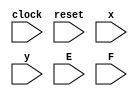
module controller_rtl_29(
	input clock, reset,
	input x, y, E, F
);
parameter S0 = 3'b000;
parameter S1 = 3'b001;
parameter S2 = 3'b010;
parameter S3 = 3'b011;
parameter S4 = 3'b100;
parameter S5 = 3'b101;
parameter S6 = 3'b110;
parameter S7 = 3'b111;

reg [2:0] state, next_state;
always @ (posedge clock, posedge reset)
	if (reset)
		state <= S0;
	else
		state <= next_state;

always @ (*)
begin
	case (state)
		S0: next_state = x ? S1 : (y ? S2 : S0);
		S1: next_state = S2;
		S2: next_state = F ? S3 : S4;
		S3: next_state = S0;
		S4: next_state = E ? S5 : S6;
		S5: next_state = S0;
		S6: next_state = S7;
		S7: next_state = S0;
		default: next_state = S0;
	endcase
end

endmodule